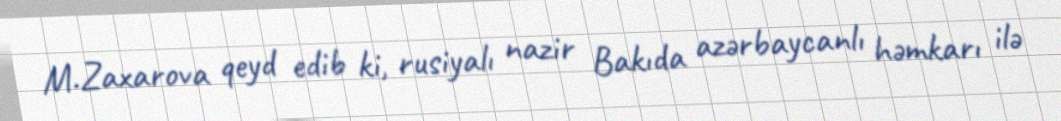
M.Zaxarova qeyd edib ki, rusiyalı nazir Bakıda azərbaycanlı həmkarı ilə